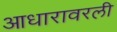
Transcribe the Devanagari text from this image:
आधारावरली